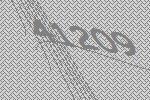
41209